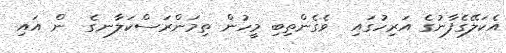
އެކަލޭގެފާނުގެ އަރިހުގައި  ވެގެންތިބި މީހުން ތިމަންރަސްކަލާނގެ  ން އައި